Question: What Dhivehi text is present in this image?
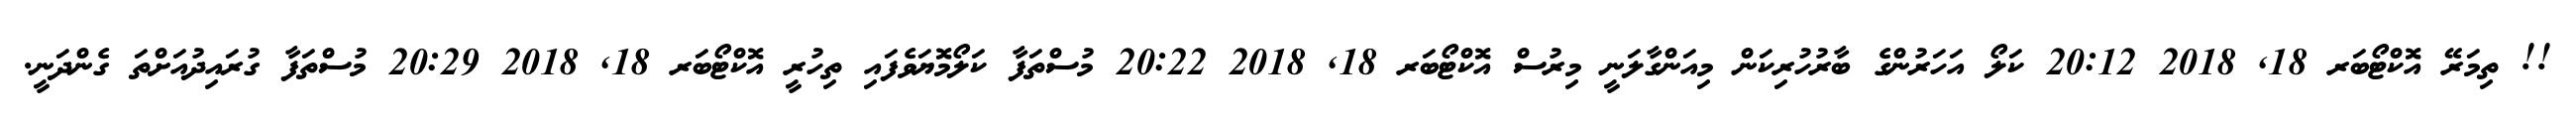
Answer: !! ތިމަރޭ އޮކްޓޯބަރ 18, 2018 20:12 ކަލޯ އަހަރުންގެ ބާރުހުރިކަން މިއަންގާލަނީ މިރުސް އޮކްޓޯބަރ 18, 2018 20:22 މުސްތަފާ ކަލޯމޮޔަވެފައި ތިހުރީ އޮކްޓޯބަރ 18, 2018 20:29 މުސްތަފާ ގުރައިދުއަށްތަ ގެންދަނީ.